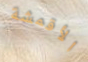
الأقمشة